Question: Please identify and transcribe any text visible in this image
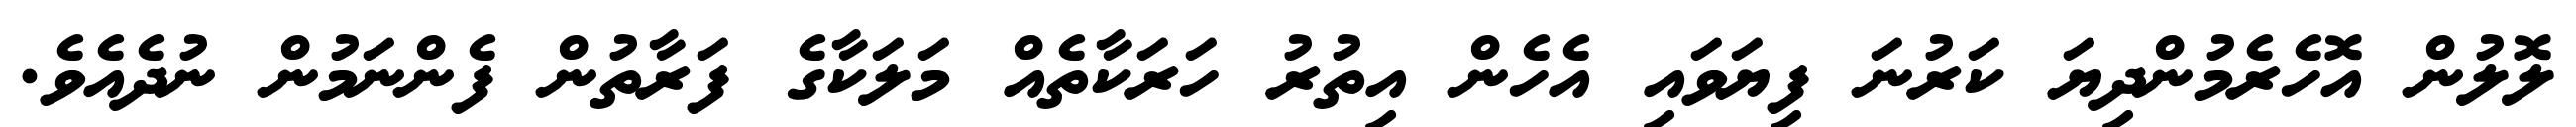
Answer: ލޮލުން އޮހެރެމުންދިޔަ ކަރުނަ ފިޔަވައި އެހެން އިތުރު ހަރަކާތެއް މަލަކާގެ ފަރާތުން ފެންނަމުން ނުދެއެވެ.